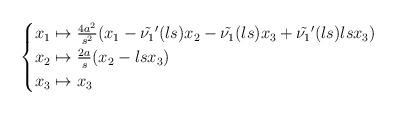
LaTeX: \begin{align*} \begin{cases}x_1\mapsto \frac{4a^2}{s^2}(x_1-\tilde{\nu_1}'(ls)x_2-\tilde{\nu_1}(ls)x_3+\tilde{\nu_1}'(ls)lsx_3)\\ x_2\mapsto \frac{2a}{s}(x_2-lsx_3)\\x_3\mapsto x_3\end{cases} \end{align*}